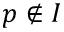
p \notin { I }